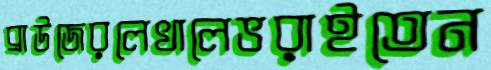
ব্রাউজেরলেখালেভরাইতেন